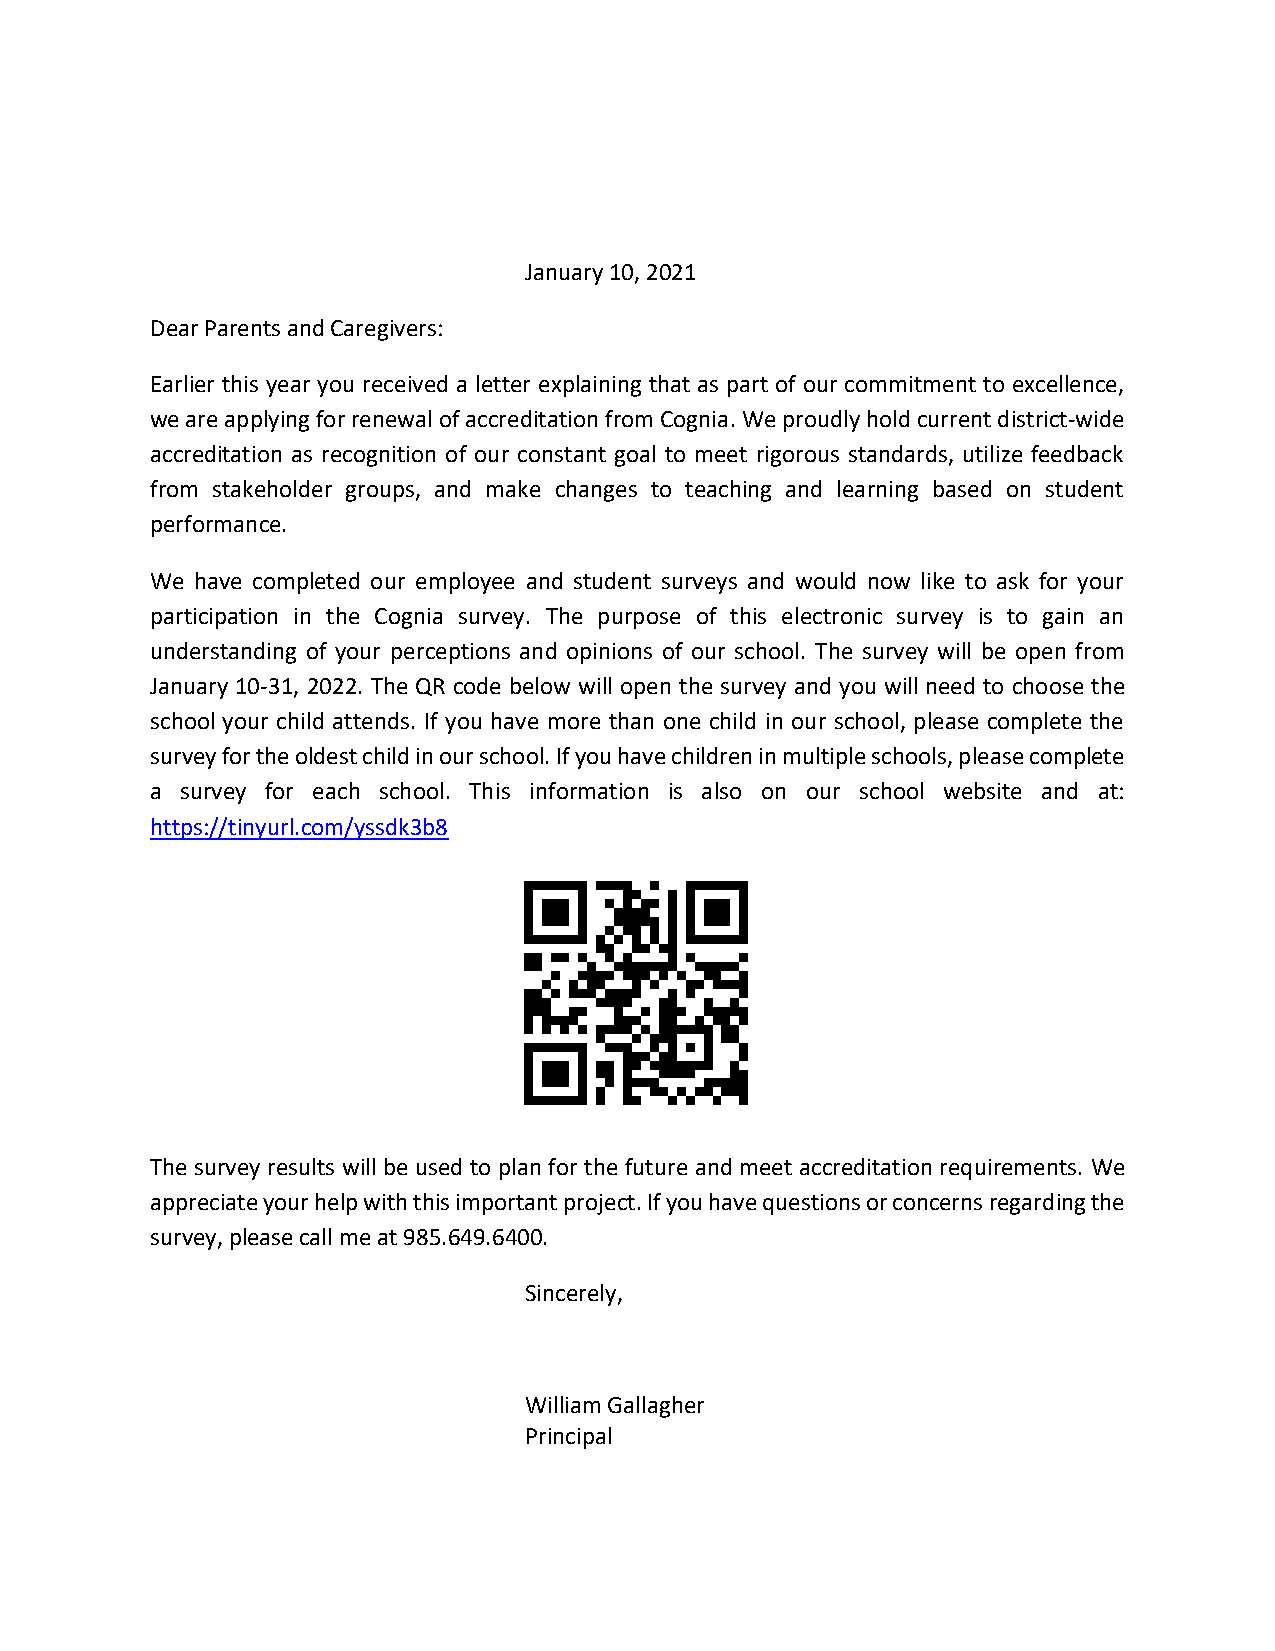
January 10, 2021
 Dear Parents and Caregivers:
 Earlier this year you received a letter explaining that as part of our commitment to excellence,
 we are applying for renewal of accreditation from Cognia. We proudly hold current district-wide
 accreditation as recognition of our constant goal to meet rigorous standards, utilize feedback
 from stakeholder groups, and make changes to teaching and learning based on student
 performance.
 We have completed our employee and student surveys and would now like to ask for your
 participation in the Cognia survey. The purpose of this electronic survey is to gain an
 understanding of your perceptions and opinions of our school. The survey will be open from
 January 10-31, 2022. The QR code below will open the survey and you will need to choose the
 school your child attends. If you have more than one child in our school, please complete the
 survey for the oldest child in our school. If you have children in multiple schools, please complete
 a survey for each school. This information is also on our school website and at:
 https://tinyurl.com/yssdk3b8
 The survey results will be used to plan for the future and meet accreditation requirements. We
 appreciate your help with this important project. If you have questions or concerns regarding the
 survey, please call me at 985.649.6400.
 Sincerely,
 William Gallagher
 Principal